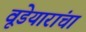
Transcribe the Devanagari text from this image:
वूडेयारांचा